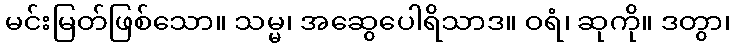
မင်းမြတ်ဖြစ်သော။ သမ္မ၊ အဆွေပေါရိသာဒ။ ဝရံ၊ ဆုကို။ ဒတွာ၊